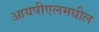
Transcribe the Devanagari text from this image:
आयपीएलमधील